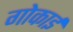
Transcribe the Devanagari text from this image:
गोकाई